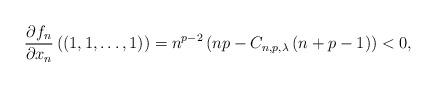
LaTeX: \begin{align*} \frac {\partial f_n}{\partial x_n}\left(\left(1, 1, \ldots, 1 \right) \right)=n^{p-2}\left ( np-C_{n,p,\lambda}\left(n+p-1 \right ) \right ) <0,\end{align*}